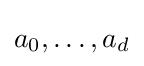
a_{0},\ldots ,a_{d}